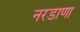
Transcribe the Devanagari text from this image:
नरडाणा